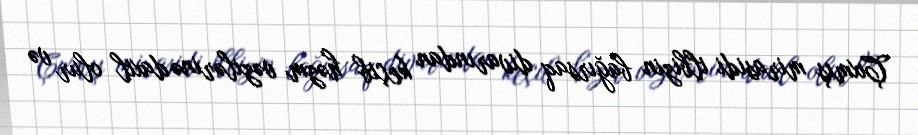
Çıxmış mirasidi ilbizin bağırsaq divarından keçib həzm vəzilərinə daxil olur və